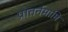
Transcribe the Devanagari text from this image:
प्रातर्नमामि